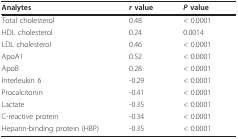
<table><thead><tr><td><b>Analytes</b></td><td><b><i>r </i>value</b></td><td><b><i>P </i>value</b></td></tr></thead><tbody><tr><td>Total cholesterol</td><td>0.48</td><td>&lt; 0.0001</td></tr><tr><td>HDL cholesterol</td><td>0.24</td><td>0.0014</td></tr><tr><td>LDL cholesterol</td><td>0.46</td><td>&lt; 0.0001</td></tr><tr><td>ApoA1</td><td>0.52</td><td>&lt; 0.0001</td></tr><tr><td>ApoB</td><td>0.28</td><td>&lt; 0.0001</td></tr><tr><td>Interleukin 6</td><td>-0.29</td><td>&lt; 0.0001</td></tr><tr><td>Procalcitonin</td><td>-0.41</td><td>&lt; 0.0001</td></tr><tr><td>Lactate</td><td>-0.35</td><td>&lt; 0.0001</td></tr><tr><td>C-reactive protein</td><td>-0.34</td><td>&lt; 0.0001</td></tr><tr><td>Heparin-binding protein (HBP)</td><td>-0.35</td><td>&lt; 0.0001</td></tr></tbody></table>